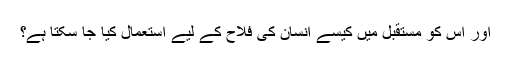
اور اس کو مستقبل میں کیسے انسان کی فلاح کے لیے استعمال کیا جا سکتا ہے؟